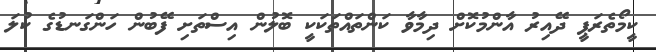
ކީމޯތެރަޕީ ދޭއިރު އާންމުކޮށް ދިމާވާ ކަންތައްތަކަކީ ބޮލުން އިސްތަށި ފޭބުން ހަންގަނޑުގެ ކުލަ